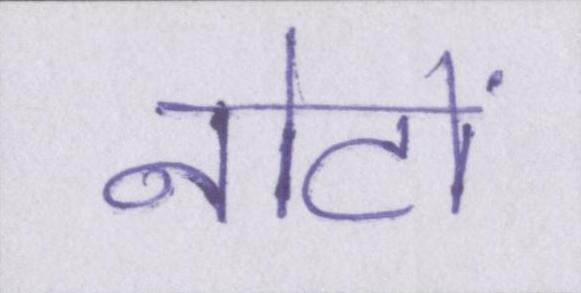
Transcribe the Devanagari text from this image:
नोटों